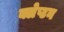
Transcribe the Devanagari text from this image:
क्लेप्टन